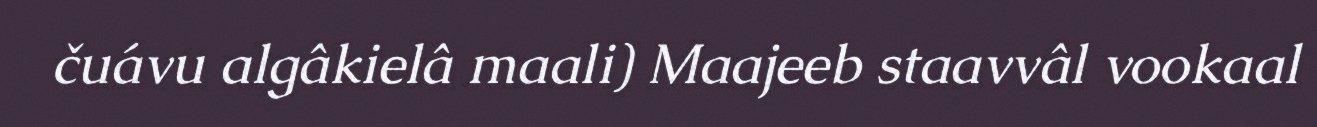
čuávu algâkielâ maali) Maajeeb staavvâl vookaal